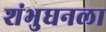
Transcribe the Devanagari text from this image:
शंभुधनला